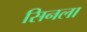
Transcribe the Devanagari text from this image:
सिनला